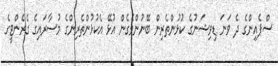
ސްޕެއިންގެ ދެ ވަނަ ޑިވިޝަނުގެ ކުޅުންތެރިން ބޭނުންވެގެން އުޅޭ އެކުޅުންތެރިންގެ މުސާރައިގެ ގެރެންޓީގެ